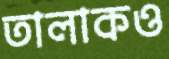
তালাকও